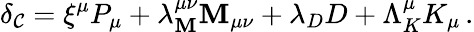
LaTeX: \delta_{\mathcal{C}}=\xi^{\mu}P_{\mu}+\lambda_{\mathbf{M}}^{\mu\nu}\mathbf{M}_{\mu\nu}+\lambda_{D}D+\Lambda_{K}^{\mu}K_{\mu}\, .